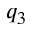
q _ { 3 }